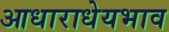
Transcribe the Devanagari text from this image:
आधाराधेयभाव